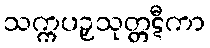
သက္ကပဉှသုတ္တဋီကာ